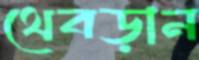
থেবড়ান